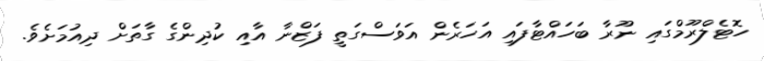
ހޮޓެލްރޫމްގައި ނޫރާ ބަހައްޓާފައި އަހަރެން އަވަސްގަތީ ފަޒްނާ އާއި ކުދިންގެ ގާތަށް ދިއުމަށެވެ.